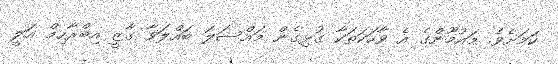
ކަމަށެވެ. މައުމޫންގެ އެ ވާހަކަތަކާ ގުޅިގެން މައްސަލަ ބައްލަވާ ގާޒީ އިބްރާހިމް އަލީ